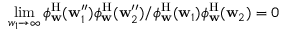
\operatorname* { l i m } _ { w _ { 1 } \to \infty } \phi _ { \mathbf { w } } ^ { \mathrm { H } } ( \mathbf { w } _ { 1 } ^ { \prime \prime } ) \phi _ { \mathbf { w } } ^ { \mathrm { H } } ( \mathbf { w } _ { 2 } ^ { \prime \prime } ) / \phi _ { \mathbf { w } } ^ { \mathrm { H } } ( \mathbf { w } _ { 1 } ) \phi _ { \mathbf { w } } ^ { \mathrm { H } } ( \mathbf { w } _ { 2 } ) = 0